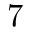
7